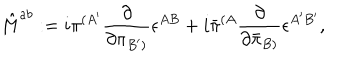
{ \hat { M } } ^ { a b } : = i { \pi } ^ { ( { A ^ { \prime } } } { \frac { \partial } { \partial { \pi } _ { { B ^ { \prime } } ) } } } \epsilon ^ { A B } + i { \bar { \pi } } ^ { ( { A } } { \frac { \partial } { \partial { \bar { \pi } } _ { { B ) } } } } \epsilon ^ { { A ^ { \prime } } { B ^ { \prime } } } ,